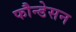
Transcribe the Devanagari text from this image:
फौन्डेसन